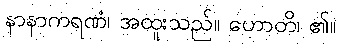
နာနာကရဏံ၊ အထူးသည်။ ဟောတိ၊ ၏။